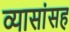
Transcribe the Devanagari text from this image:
व्यासांसह